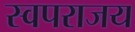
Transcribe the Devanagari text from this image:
स्वपराजय